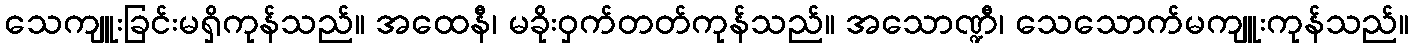
သေကျူးခြင်းမရှိကုန်သည်။ အထေနီ၊ မခိုးဝှက်တတ်ကုန်သည်။ အသောဏ္ဍီ၊ သေသောက်မကျူးကုန်သည်။